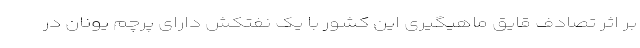
بر اثر تصادف قایق ماهیگیری این کشور با یک نفتکش دارای پرچم یونان در